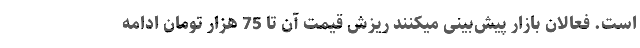
است. فعالان بازار پیش‌بینی میکنند ریزش قیمت آن تا 75 هزار تومان ادامه